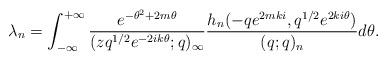
LaTeX: \begin{align*}\lambda_n=\int_{-\infty}^{+\infty} \frac{e^{-\theta^2+2m\theta}}{(zq^{1/2}e^{-2ik\theta} ;q)_{\infty}}\frac{ h_n(-qe^{2mki},q^{1/2}e^{2ki \theta}) }{(q;q)_n} d\theta.\end{align*}